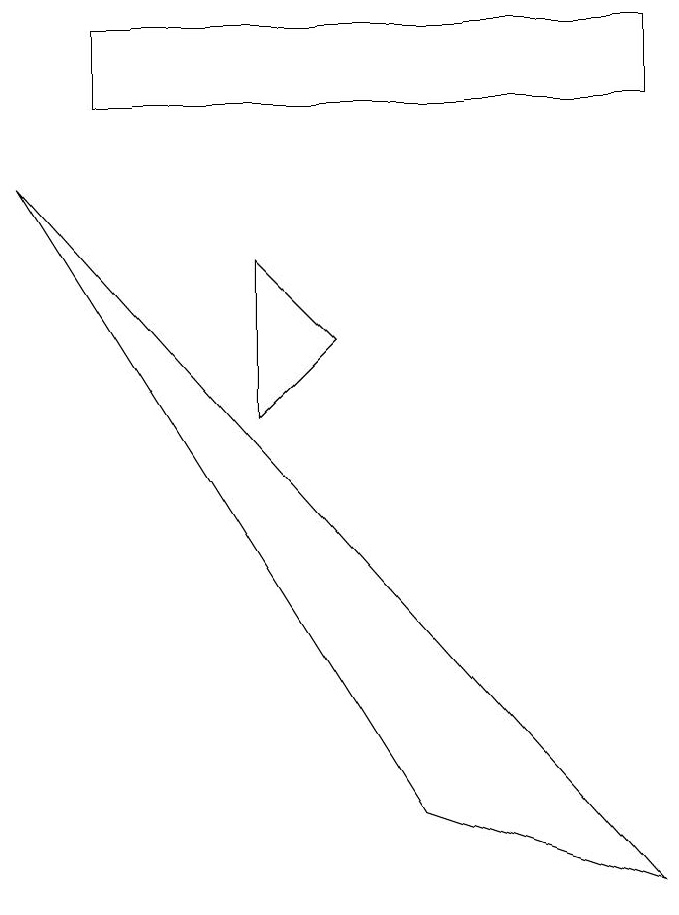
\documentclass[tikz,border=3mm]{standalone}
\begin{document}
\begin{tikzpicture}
\draw (1,11) rectangle (8,10);
\draw (5,1) -- (8,0) -- (0,9) -- cycle;
\draw (3,8) -- (3,6) -- (4,7) -- cycle;
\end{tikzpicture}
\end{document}